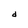
Character: d